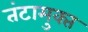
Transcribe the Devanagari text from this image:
तंटामुक्‍त